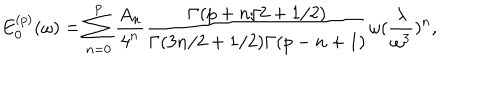
LaTeX: E _ { 0 } ^ { ( p ) } ( \omega ) = \sum _ { n = 0 } ^ { p } { \frac { A _ { n } } { 4 ^ { n } } } { \frac { \Gamma ( p + n / 2 + 1 / 2 ) } { \Gamma ( 3 n / 2 + 1 / 2 ) \Gamma ( p - n + 1 ) } } \omega ( { \frac { \lambda } { \omega ^ { 3 } } } ) ^ { n } ,